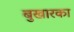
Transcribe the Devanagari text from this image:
बुखारका